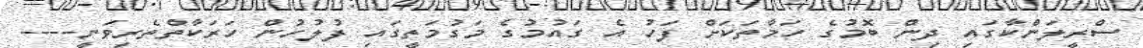
ސްރީލަންކާގައި ދިން ބޮމުގެ ހަމާތަކަށް ފަހު އެ ގައުމުގެ މަގުމަތީގައި ފުލުހުން ހަރަކާތްތެރިވަނީ----